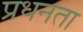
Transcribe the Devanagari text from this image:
प्रधनता